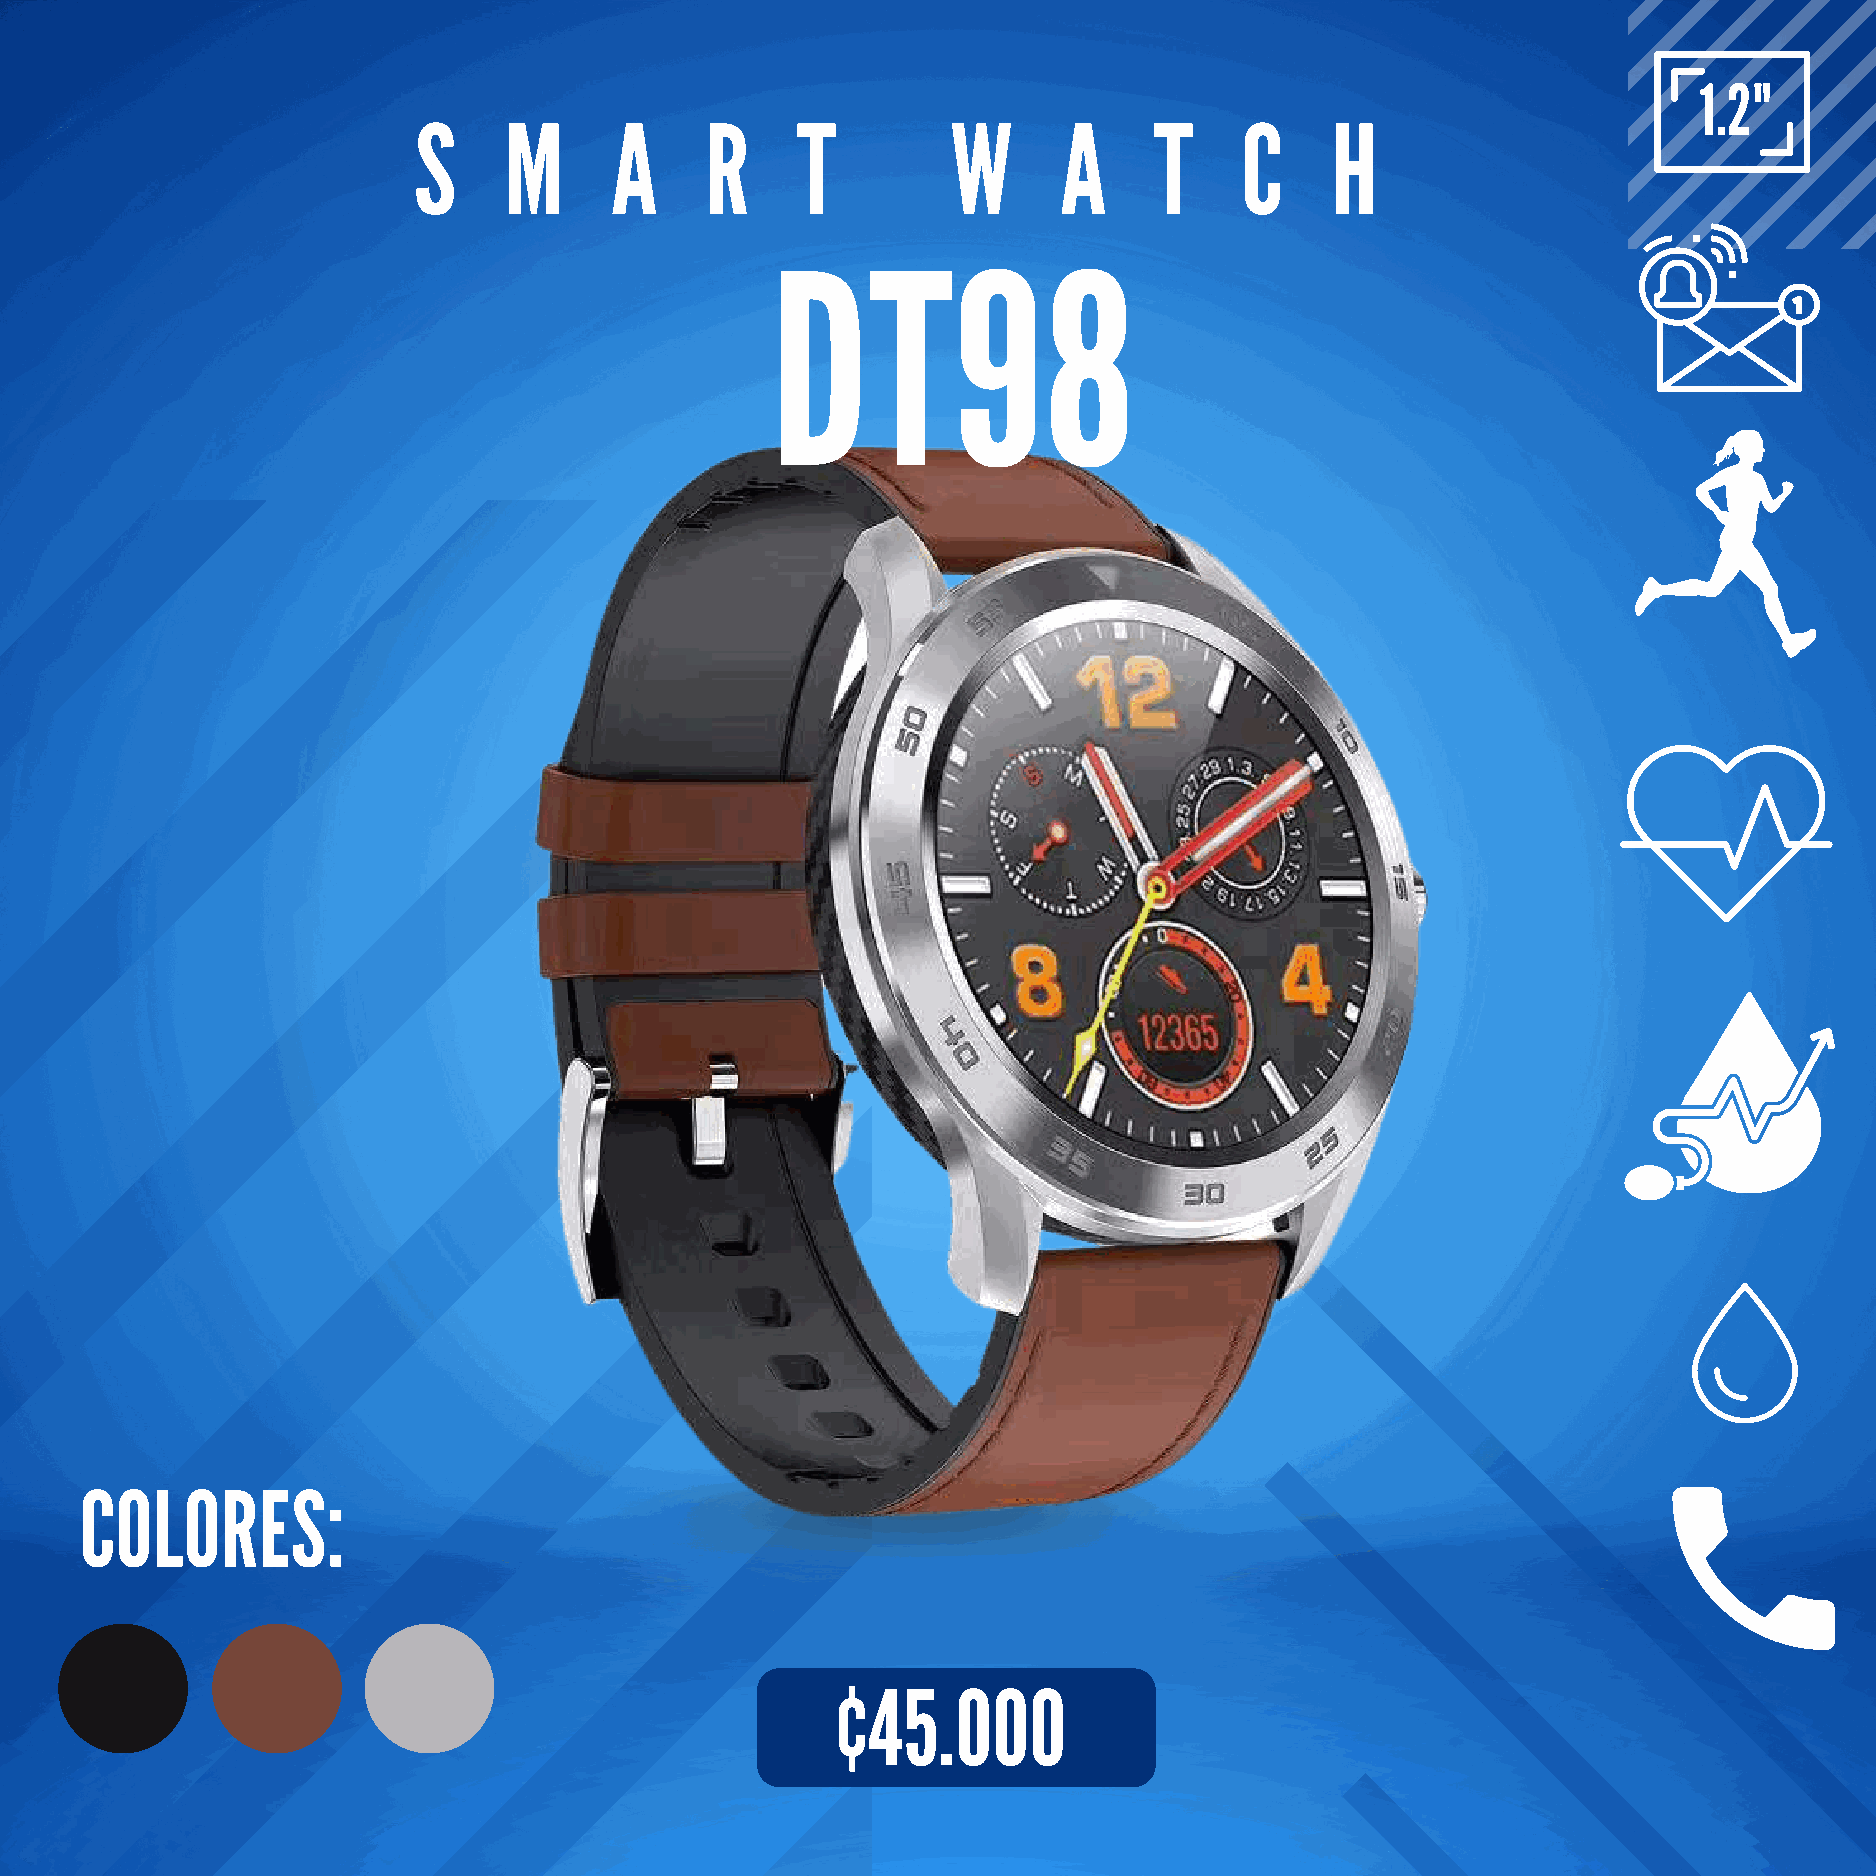
1.2"
 S     M      A      R     T         W      A     T     C     H
 DT98
 COLORES:
 ¢45.000